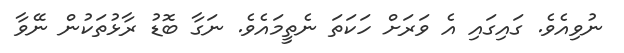
ނުވިއެވެ. ގައިގައި އެ ވަރަށް ހަކަތަ ނެތީމައެވެ. ނަގާ ބޮޑު ރާޅުތަކުން ނޭވާ